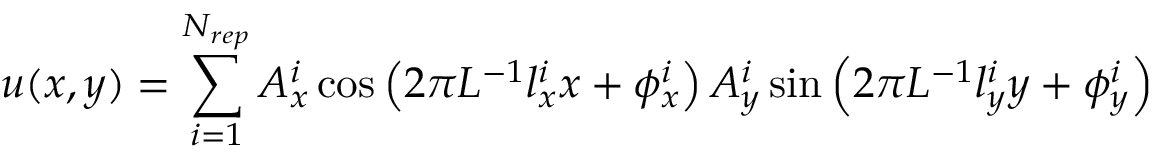
u ( x , y ) = \sum _ { i = 1 } ^ { N _ { r e p } } A _ { x } ^ { i } \cos \left( 2 \pi L ^ { - 1 } l _ { x } ^ { i } x + \phi _ { x } ^ { i } \right) A _ { y } ^ { i } \sin \left( 2 \pi L ^ { - 1 } l _ { y } ^ { i } y + \phi _ { y } ^ { i } \right)